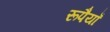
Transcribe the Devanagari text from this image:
रूपैयाँ